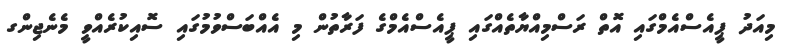
މިއަދު ޕީއެސްއެމްގައި އޮތް ރަސްމިއްޔާތެއްގައި ޕީއެސްއެމްގެ ފަރާތުން މި އެއްބަސްވުމުގައި ސޮއިކުރެއްވީ މެނެޖިންގ